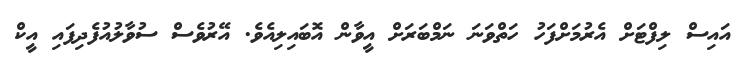
އައިސް ލިފްޓަށް އެރުމަށްފަހު ހަތްވަނަ ނަމްބަރަށް އީވާން އޮބައިލިއެވެ. އޭރުވެސް ސުވާލުއުފެދިފައި އީކް